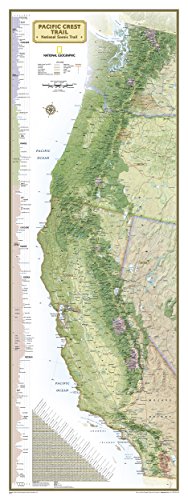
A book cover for Pacific Crest Trail Wall Map [Laminated] (National Geographic Reference Map); National Geographic Maps - Reference; Reference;